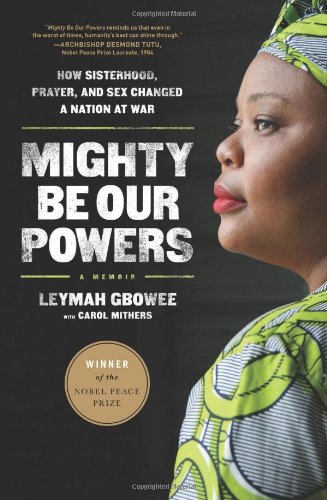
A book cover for Mighty Be Our Powers: How Sisterhood, Prayer, and Sex Changed a Nation at War; Leymah Gbowee; Biographies & Memoirs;